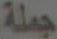
جملة